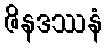
ဇိနဒဿနံ